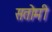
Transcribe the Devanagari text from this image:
सतोमी